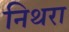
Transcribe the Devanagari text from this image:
निथरा